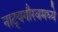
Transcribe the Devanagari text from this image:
नाट्यगौरवमध्ये